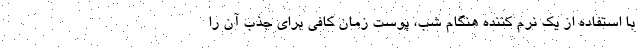
با استفاده از یک نرم کننده هنگام شب، پوست زمان کافی برای جذب آن را